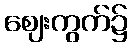
ဈေးကွက်၌